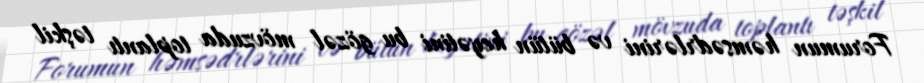
Forumun həmsədrlərini və bütün heyətini bu gözəl mövzuda toplantı təşkil